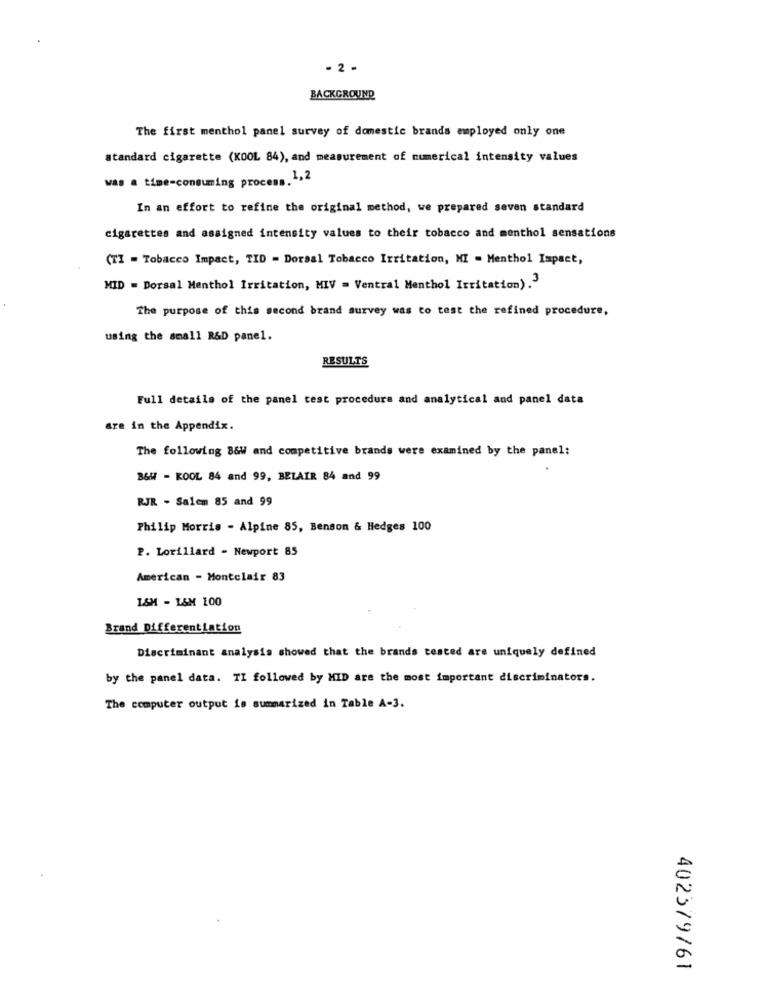
- 2 -
BACKGROUND
The first menthol panel survey of domestic brands employed only one
standard cigarette (KOOL 84), and measurement of numerical intensity values
was a time-consuming process. 1,2
In an effort to refine the original method, we prepared seven standard
cigarettes and assigned intensity values to their tobacco and menthol sensations
(TI = Tobacco Impact, TID = Dorsal Tobacco Irritation, MI = Menthol Impact,
MID = Dorsal Menthol Irritation, MIV = Ventral Menthol Irritation).3
The purpose of this second brand survey was to test the refined procedure,
using the small R&D panel.
RESULTS
Full details of the panel test procedure and analytical and panel data
are in the Appendix.
The following 8&W and competitive brands were examined by the panel:
B&W - KOOL 84 and 99, BELAIR 84 and 99
RJR - Salem 85 and 99
Philip Morris - Alpine 85, Benson & Hedges 100
P. Lorillard - Newport 85
American - Montclair 83
1.8M - L&M 100
Brand Differentiation
Discriminant analysis showed that the brands tested are uniquely defined
by the panel data. TI followed by MID are the most important discriminators.
The computer output is summarized in Table A-3.
402379/61